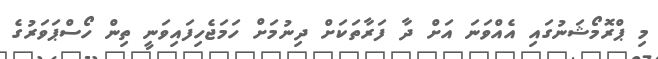
މި ޕްރޮމޯޝަނުގައި އެއްވަނަ އަށް ދާ ފަރާތަކަށް ދިނުމަށް ހަމަޖެހިފައިވަނީ ތިން ހޯސްޕަވަރުގެ